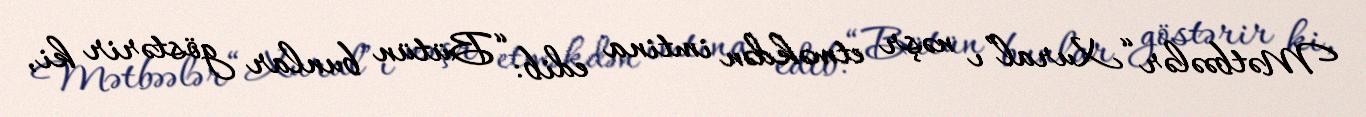
Mətbəələr “Xural”ı nəşr etməkdən imtina edib: “Bütün bunlar göstərir ki,